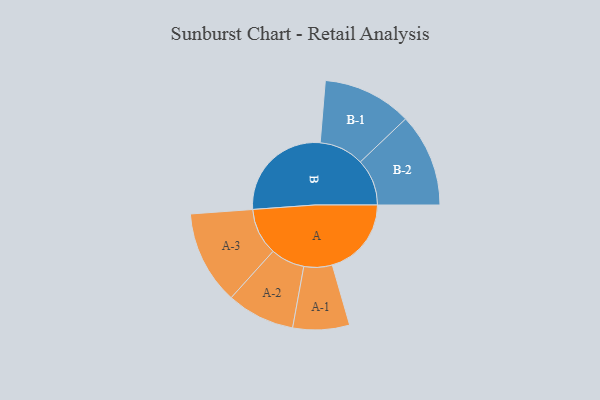
{"axis": {"x": "Segment", "y": "Value"}, "legend": ["", "A", "B"], "data": [{"x": "A", "y": 358, "type": ""}, {"x": "B", "y": 479, "type": ""}, {"x": "A-1", "y": 128, "type": "A"}, {"x": "A-2", "y": 154, "type": "A"}, {"x": "A-3", "y": 212, "type": "A"}, {"x": "B-1", "y": 202, "type": "B"}, {"x": "B-2", "y": 211, "type": "B"}]}